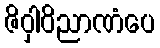
ဇိဝှါဝိညာဏံပေ